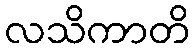
လသိကာတိ